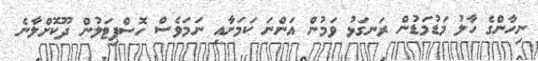
ނިހާންގެ ހާލު މަޑުމަޑުން ރަނގަޅު ވަމުން އަންނަ ކަމަށާއި ނަމަވެސް ހޮސްޕިޓަލުން ދޫކޮށްލާނެ